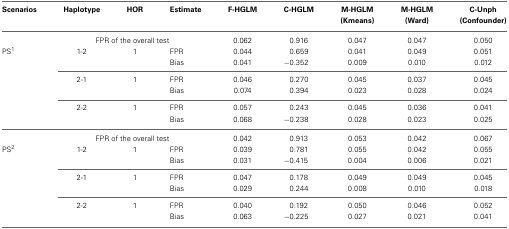
<table><thead><tr><td><b>Scenarios</b></td><td><b>Haplotype</b></td><td><b>HOR</b></td><td><b>Estimate</b></td><td><b>F-HGLM</b></td><td><b>C-HGLM</b></td><td><b>M-HGLM (Kmeans)</b></td><td><b>M-HGLM (Ward)</b></td><td><b>C-Unph (Confounder)</b></td></tr></thead><tbody><tr><td></td><td colspan="3">FPR of the overall test</td><td>0.062</td><td>0.916</td><td>0.047</td><td>0.047</td><td>0.050</td></tr><tr><td>PS<sup>1</sup></td><td>1-2</td><td>1</td><td>FPR</td><td>0.044</td><td>0.659</td><td>0.041</td><td>0.049</td><td>0.051</td></tr><tr><td></td><td></td><td></td><td>Bias</td><td>0.041</td><td>−0.352</td><td>0.009</td><td>0.010</td><td>0.012</td></tr><tr><td></td><td>2-1</td><td>1</td><td>FPR</td><td>0.046</td><td>0.270</td><td>0.045</td><td>0.037</td><td>0.045</td></tr><tr><td></td><td></td><td></td><td>Bias</td><td>0.074</td><td>0.394</td><td>0.023</td><td>0.028</td><td>0.024</td></tr><tr><td></td><td>2-2</td><td>1</td><td>FPR</td><td>0.057</td><td>0.243</td><td>0.045</td><td>0.036</td><td>0.041</td></tr><tr><td></td><td></td><td></td><td>Bias</td><td>0.068</td><td>−0.238</td><td>0.028</td><td>0.023</td><td>0.025</td></tr><tr><td></td><td colspan="3">FPR of the overall test</td><td>0.042</td><td>0.913</td><td>0.053</td><td>0.042</td><td>0.067</td></tr><tr><td>PS<sup>2</sup></td><td>1-2</td><td>1</td><td>FPR</td><td>0.039</td><td>0.781</td><td>0.055</td><td>0.042</td><td>0.055</td></tr><tr><td></td><td></td><td></td><td>Bias</td><td>0.031</td><td>−0.415</td><td>0.004</td><td>0.006</td><td>0.021</td></tr><tr><td></td><td>2-1</td><td>1</td><td>FPR</td><td>0.047</td><td>0.178</td><td>0.049</td><td>0.049</td><td>0.045</td></tr><tr><td></td><td></td><td></td><td>Bias</td><td>0.029</td><td>0.244</td><td>0.008</td><td>0.010</td><td>0.018</td></tr><tr><td></td><td>2-2</td><td>1</td><td>FPR</td><td>0.040</td><td>0.192</td><td>0.050</td><td>0.046</td><td>0.052</td></tr><tr><td></td><td></td><td></td><td>Bias</td><td>0.063</td><td>−0.225</td><td>0.027</td><td>0.021</td><td>0.041</td></tr></tbody></table>